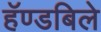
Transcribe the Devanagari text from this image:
हॅण्डबिले